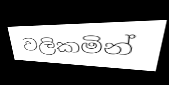
වලිකමින්